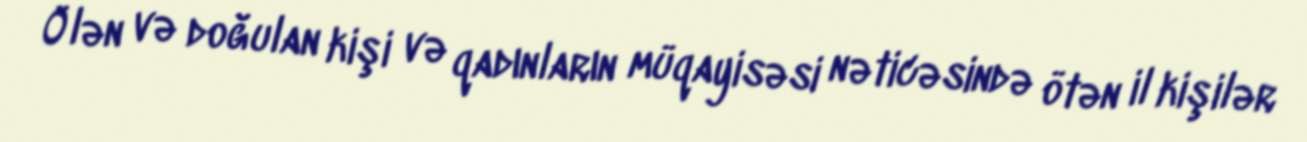
Ölən və doğulan kişi və qadınların müqayisəsi nəticəsində ötən il kişilər